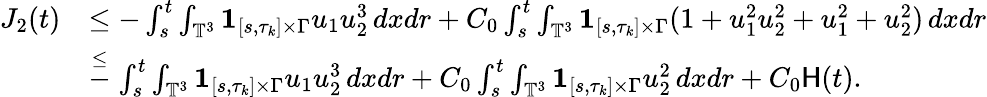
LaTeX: \begin{array}{rl}{J_{2}(t)}&{\leq-\int_{s}^{t}\int_{\mathbb{T}^{3}}{{\mathbf 1}}_{[s,\tau_{k}]\times\Gamma}u_{1}u_{2}^{3}\, dxdr+C_{0}\int_{s}^{t}\int_{\mathbb{T}^{3}}{{\mathbf 1}}_{[s,\tau_{k}]\times\Gamma}(1+u_{1}^{2}u_{2}^{2}+u_{1}^{2}+u_{2}^{2})\, dxdr}\\ &{\stackrel{\leq}-\int_{s}^{t}\int_{\mathbb{T}^{3}}{{\mathbf 1}}_{[s,\tau_{k}]\times\Gamma}u_{1}u_{2}^{3}\, dxdr+C_{0}\int_{s}^{t}\int_{\mathbb{T}^{3}}{{\mathbf 1}}_{[s,\tau_{k}]\times\Gamma}u_{2}^{2}\, dxdr+C_{0}\mathsf{H}(t).}\end{array}